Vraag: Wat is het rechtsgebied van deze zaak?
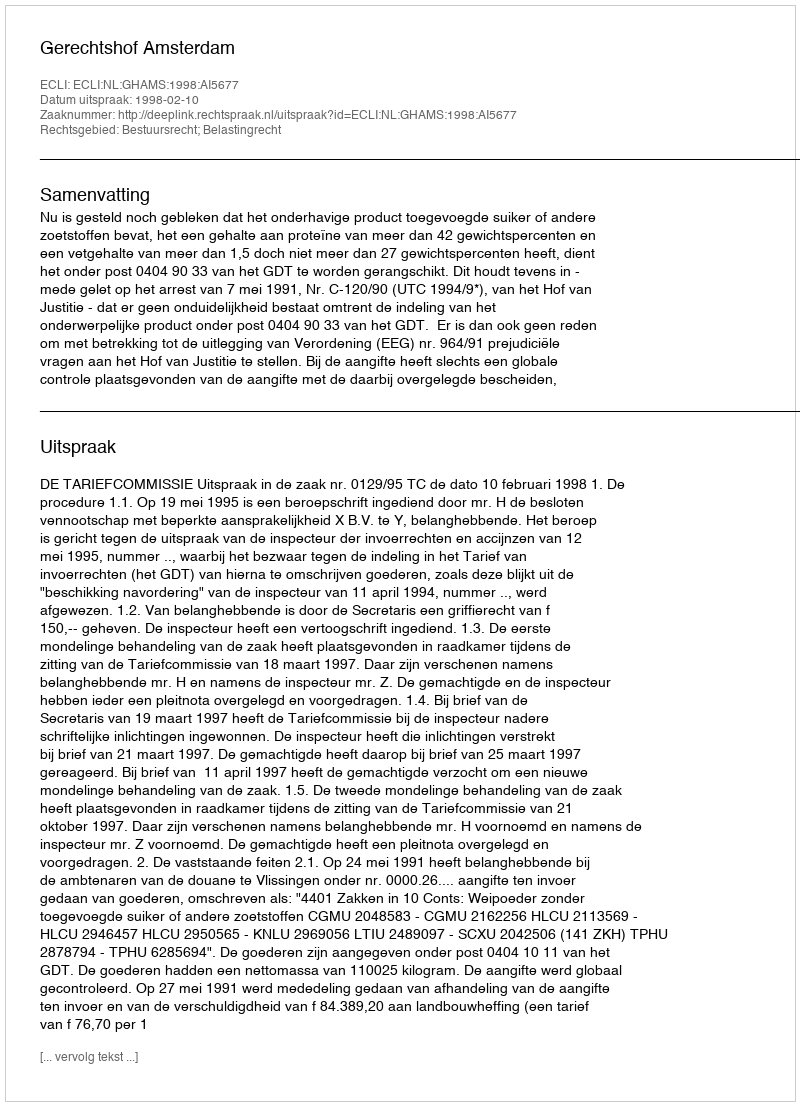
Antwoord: Bestuursrecht; Belastingrecht